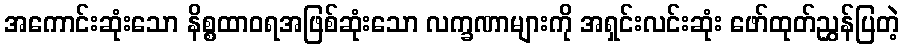
အကောင်းဆုံးသော နိစ္စထာဝရအဖြစ်ဆုံးသော လက္ခဏာများကို အရှင်းလင်းဆုံး ဖော်ထုတ်ညွှန်ပြတဲ့